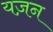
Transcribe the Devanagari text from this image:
यज़न